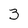
Character: 3